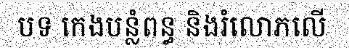
បទ កេងបន្លំពន្ធ និងរំលោភលើ